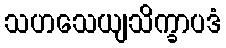
သဟသေယျသိက္ခာပဒံ